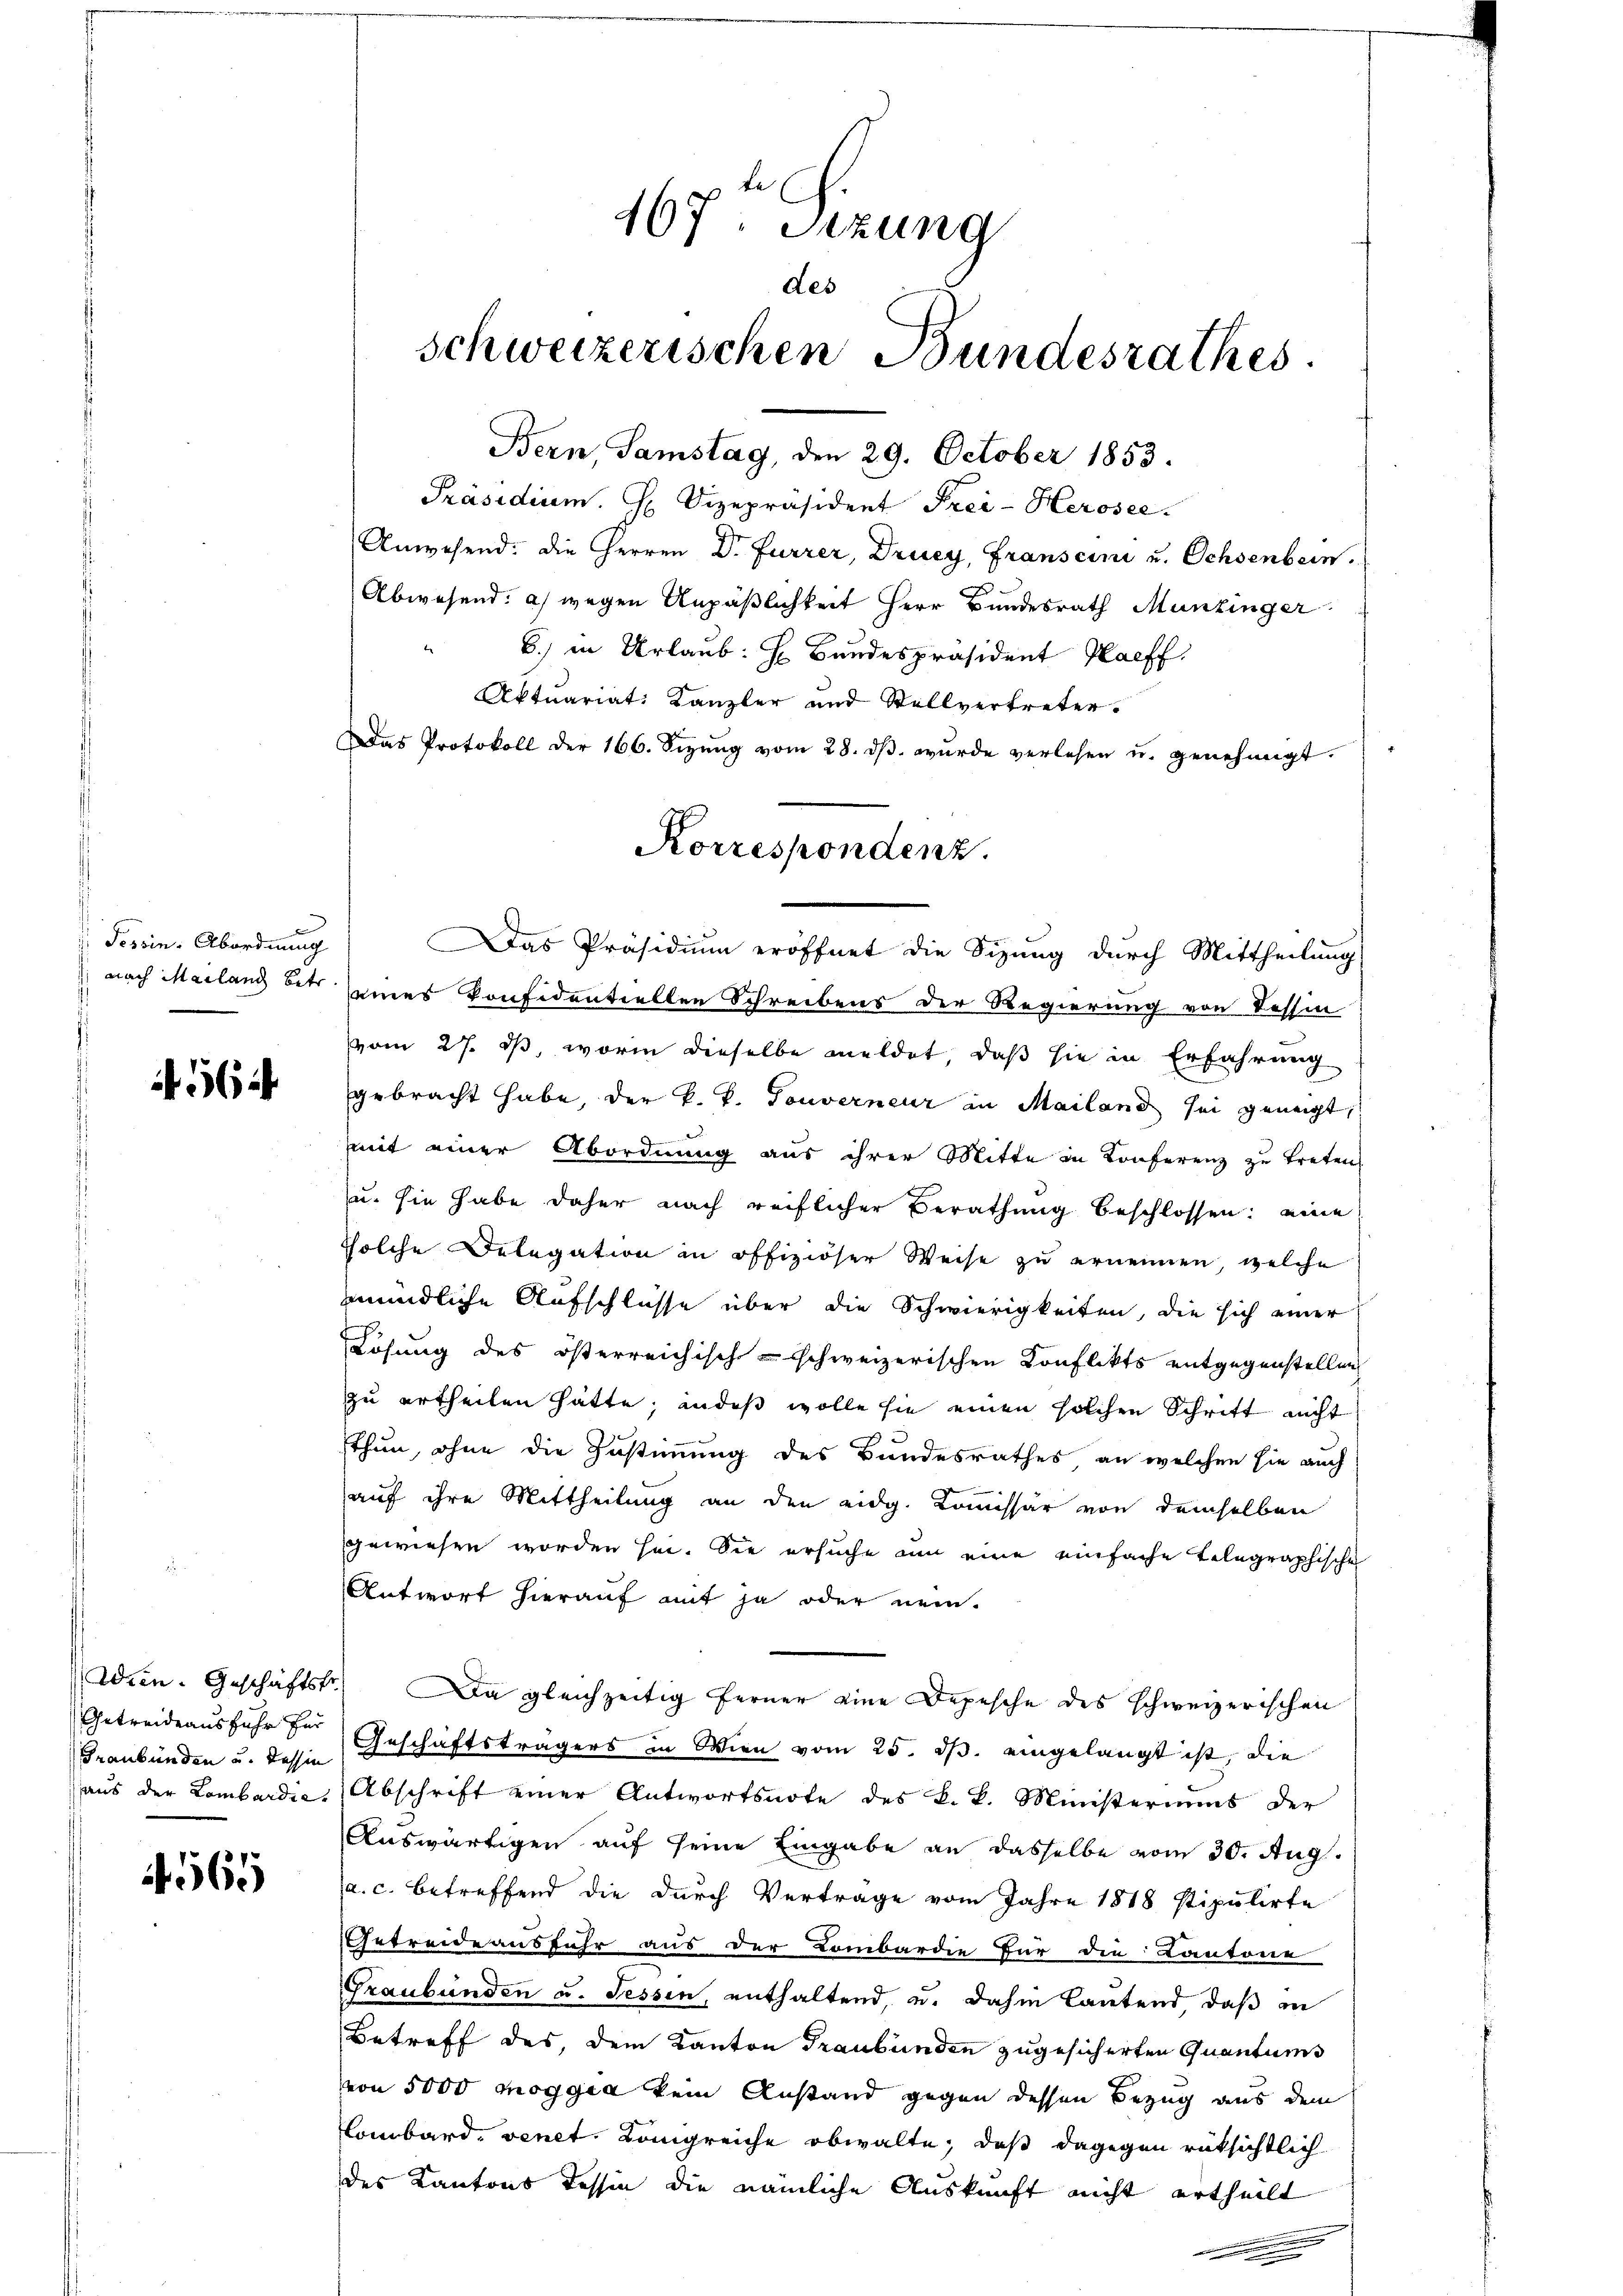
Tessin Abordnung

4564

Getreideausfuhr für

if. 569

467. Sitzung
des
Schweizerischen Bundesrathes.
Bern, Samstag, den 29. October 1853.

Präsidium. H. Vizepräsident Frei-Herosee.
Anwesend. Die Herren Dr. Furrer, Druey, Franscini u. Ochsenbein.
Abwesend: a) wegen Unpäßlichkeit Herr Bundesrath Munzinger
6.) in Urlaub: H. Bandespräsident Haeff
Aktuariat Kanzler und Stellvertreter.
Das Protokoll der 166. Seizung vom 28. dβ. wurde verlesen u. genehmigt.

Korrespondenz.

Das Präsidium eröffnet die Sizung durch Mittheilung
nach Mailand betr seines konfidentiellen Schreibens der Regierung von Tessin
vom 27. ds, worin dieselbe meldet, daß sie in Erfahrung
gebracht habe, der k. k. Touverneur in Mailand sei geneigt,
mit einer Abordnung aus ihrer Mitte in Konferenz zŭ treten.
u. sie habe daher nach reiflicher Berathung beschlossen: eine
solche Delegation an offiziöser Weise zŭ ernennen, welche
mündliche Aufschlüsse über die Schwierigkeiten, die sich einer
Lösung des österreichisch-schweizerischen Konflikts entgegenstellen
zu ertheilen hätte; andes wolle sie einen solchen Schritt nicht
thun, ohne die Zustimmung des Bundesrathes an welchen sie auch
auf ihre Mittheilung an den eidg. Kommissär von demselben
gewiesen worden hat. Sie ersuche um eine einfache Telegraphische
Antwort hierauf mit ja oder nein.
Wien. Geschäftstr. Da gleichzeitig ferner eine Depesche des schweizerischen
Graubünden u. dessen Geschäftsträgers in Wien vom 25. ds. eingelangt ist, die
aŭs der Lombardia, Abschrift einer Antwortsnote des k. k. Ministeriums der
Auswärtigen auf seine Eingabe an dasselbe vom 30. Aug.
a. c. betreffend die durch Vertrage vom Jahre 1848 stipulirte
Getreide ausfuhr aus der Lombardie Für die Kantone
Graubünden u. Tessin, enthaltend, u. dahin lautend, daß in
Betreff des, dem Kanton Graubünden zugesicherten Quantums
von 5000 moggia kein Anstand gegen dessen Bezug aus dem
Lombard. venet. Königreiche obwalte, daß dagegen rüksichtlich
des Kantons Tessin die nämliche Auskunft nicht ertheilt